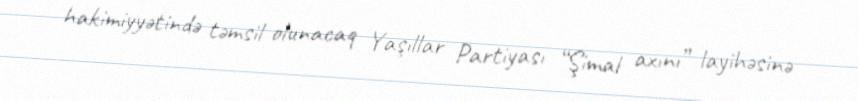
hakimiyyətində təmsil olunacaq Yaşıllar Partiyası “Şimal axını” layihəsinə